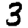
Digit: 3